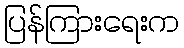
ပြန်ကြားရေးက